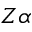
Z \alpha